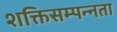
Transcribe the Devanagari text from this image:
शक्तिसम्पन्नता